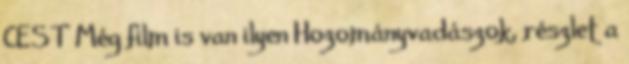
CEST Még film is van ilyen Hozományvadászok, részlet a